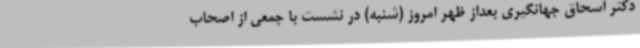
دکتر اسحاق جهانگیری بعداز ظهر امروز (شنبه) در نشست با جمعی از اصحاب